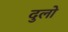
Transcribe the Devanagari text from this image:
दुलो